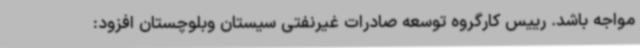
مواجه باشد. رییس کارگروه توسعه صادرات غیرنفتی سیستان ‌وبلوچستان افزود: